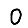
Digit: 0